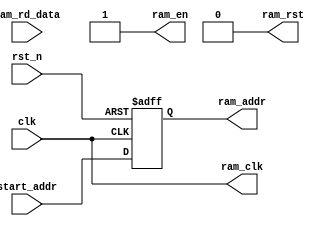
module base_address_rd(
    input clk ,
    input rst_n ,
    input [31:0] start_addr ,
    output ram_clk , 
    input [31:0] ram_rd_data,
    output reg ram_en ,
    output reg [31:0] ram_addr ,
    output ram_rst
    );

assign ram_rst  = 1'b0;
assign ram_clk  = clk ;
assign ram_en   = 1'b1;

always @(posedge clk or negedge rst_n) begin
    if(!rst_n) begin
        ram_addr <= 32'd0;
    end
    else begin
        ram_addr <= start_addr;
    end
end

endmodule